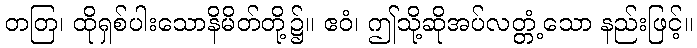
တတြ၊ ထိုရှစ်ပါးသောနိမိတ်တို့၌။ ဧဝံ၊ ဤသို့ဆိုအပ်လတ္တံ့သော နည်းဖြင့်။